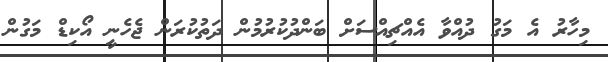
މިހާރު އެ މަގު ދުއްވާ އެއްޗިއްސަށް ބަންދުކުރުމުން ދަތުކުރަން ޖެހެނީ އޯކިޑް މަގުން